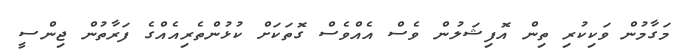
މަގާމުން ވަކިކުރި ތިން އޮފިޝަލުން ވެސް އެއްވެސް ގޮތަކަށް ކުޅުންތެރިއެއްގެ ފަރާތުން ޖިންސީ